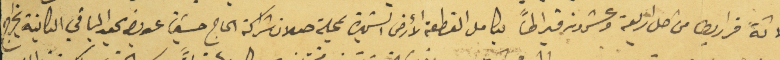
ثلاثة قراريط من اصل اربعة وعشرون قيراطاً بكامل القطعة الأرض الشهيرة بمحلة صلان شراكة الحاج حسَين عويض عبد الباقي الكاينة بخراج